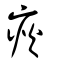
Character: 疢